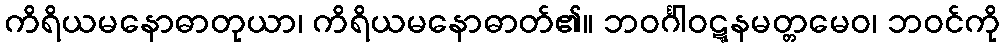
ကိရိယမနောဓာတုယာ၊ ကိရိယမနောဓာတ်၏။ ဘဝင်္ဂါဝဋ္ဋနမတ္တမေဝ၊ ဘဝင်ကို